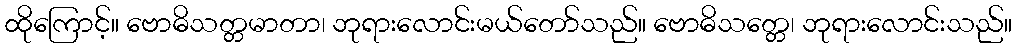
ထိုကြောင့်။ ဗောဓိသတ္တမာတာ၊ ဘုရားလောင်းမယ်တော်သည်။ ဗောဓိသတ္တေ၊ ဘုရားလောင်းသည်။